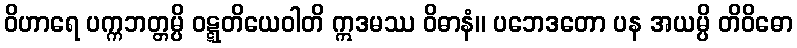
ဝိဟာရေ ပက္ကဘတ္တမ္ပိ ဝဋ္ဋတိယေဝါတိ ဣဒမဿ ဝိဓာနံ။ ပဘေဒတော ပန အယမ္ပိ တိဝိဓော